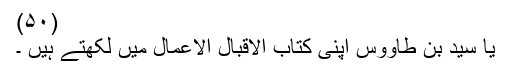
(۵۰)
یا سید بن طاوؤس اپنی کتاب الاقبال الاعمال میں لکھتے ہیں ۔